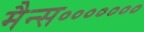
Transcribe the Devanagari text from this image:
मैन्स॰॰॰॰॰॰॰